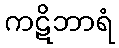
ကဋိဘာရံ